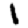
Digit: 1